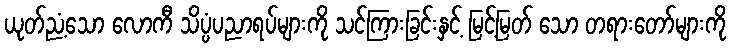
ယုတ်ညံ့သော လောကီ သိပ္ပံပညာရပ်များကို သင်ကြားခြင်းနှင့် မြင့်မြတ် သော တရားတော်များကို